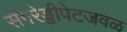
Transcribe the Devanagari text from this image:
संगरेड्डीपेटजवळ